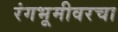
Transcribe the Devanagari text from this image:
रंगभूमीवरचा